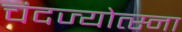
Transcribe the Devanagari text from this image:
चंदज्योत्स्ना